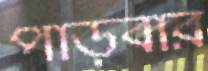
পাড়বার